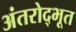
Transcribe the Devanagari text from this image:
अंतरोद्भूत